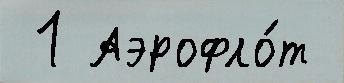
 1 Аэрофло́т